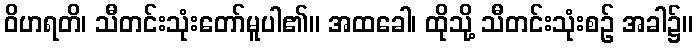
ဝိဟရတိ၊ သီတင်းသုံးတော်မူပါ၏။ အထခေါ၊ ထိုသို့ သီတင်းသုံးစဉ် အခါ၌။